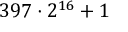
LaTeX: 3 9 7 \cdot 2 ^ { 1 6 } + 1